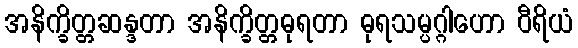
အနိက္ခိတ္တဆန္ဒတာ အနိက္ခိတ္တဓုရတာ ဓုရသမ္ပဂ္ဂါဟော ဝီရိယံ